King Institute of Preventive Medicine Micro-Biological Section reports 1912-19
Year: 1912
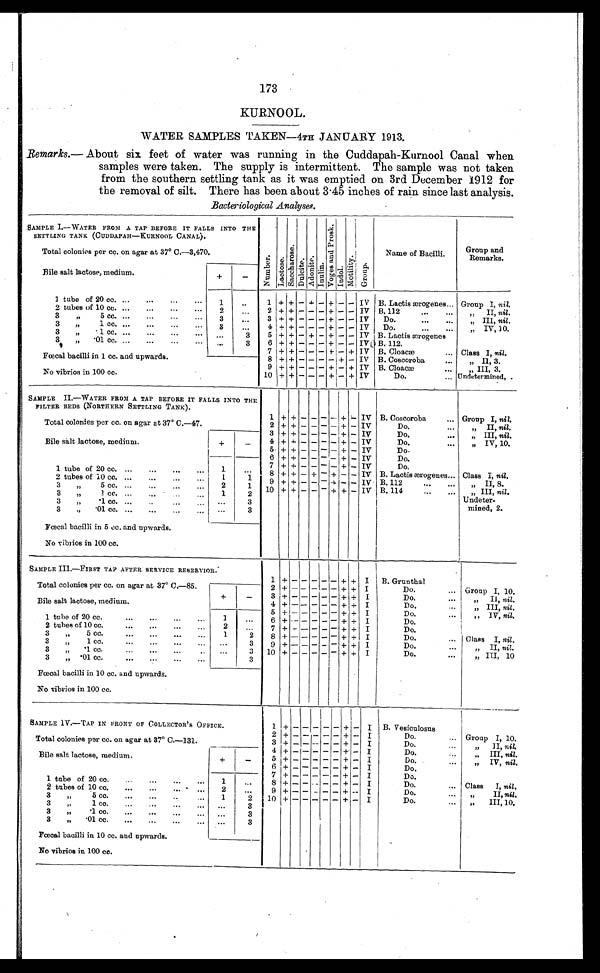
173
KURNOOL.
WATER SAMPLES TAKEN—4TH JANUARY 1913.
Remarks .—About six feet of water was running in the Cuddapah-Kurnool Canal when
samples were taken. The supply is intermittent. The sample was not taken
from the southern settling tank as it was emptied on 3rd December 1912 for
the removal of silt. There has been about 3.45 inches of rain since last analysis.
Bacteriological Analyses.
SAMPLE I.—WATER FROM A TAP BEFORE IT FALLS INTO THE
SETTLING TANK (CUDDAPAH—KURNOOL CANAL).
Number . Lact os e.
Sa c c ha r o s e .
Dul ci t e. Ad o n i t e .
I nul i ne
Vo g e s a n d P r o s k .
Indol.
Mot i l i t y. Gr oup.
Name of Bacilli.
Group and
Remarks.
Total colonies per cc. on agar at 37° C.—3,470.
Bile salt lactose, medium.
+
-
1 tube of 20 cc.
...
...
. . .
. . .
1
. . .
1 + + - + - + - - IV B. Lactis ærogenes... Group I, nil.
2 tubes of 10 cc. ...
...
...
. . .
2
...
2 + + - - - + - - IV B. 112
...
...
„ II, nil.
3 „ 5 cc. ...
...
. . .
. . .
3
...
3 + + - - - + - - IV
Do.
...
. . .
„ III, nil .
3 „ 1 cc. ...
...
. . .
. . .
3
. . . 4
+ + - - - + - - IV
Do.
...
. . .
„ IV, 10.
3 „ .1 cc. ...
...
...
. . .
. . .
3
5 + + - + - + - - IV B. Lactis ærogenes
3 „ .01 cc. ...
...
...
. . .
. . .
3
6
+ + - - -
+ - - IV B. 112.
7 + +
-
- -
+ - + IV B. Cloacæ
. . . Class I, nil.
Fœcal bacilli in 1 cc. and upwards.
8 + + - - - - + - IV B. Coscoroba
. . .
,, II, 3.
9
+ + - - -
+ - + IV B. Cloacæ
. . .
,,
III, 3.
No vibrios in 100 cc.
10 + + - - -
+ - + IV
Do.
. . . Undetermined, .
SAMPLE II.—WATER FROM A TAP BEFORE IT FALLS INTO THE
FILTER BEDS (NORTHERN SETTLING TANK).
1 + + - - - - + - IV B. Coscoroba
... Group I, nil.
Total colonies per cc. on agar at 37° C.—47.
2 + + - - -
- + - IV
Do.
...
„ II, nil.
Bile salt lactose, medium.
+
-
3 + + - - - - + - IV
Do.
...
„ III, nil .
4 +
+ - - -
- + - IV
Do.
...
,, IV, 10.
5
+ + - - -
- +
- IV
Do-
6
+ + - - - -
+ - IV
Do.
1 tube of 20 cc. ...
...
... ...
1
. . .
7 + + - -
- - + - IV
Do.
8 + + - +
- +
- - IV B. Lactis ærogenes... Class I, nil.
2 tubes of 10 cc.
...
...
...
...
1
1
9 + + - - -
+ - - IV B. 112
. . .
...
„ I I , 8 .
3 „ 5 cc.
...
. . .
. . .
. . .
2
1
10 + + - - - + + - IV B. 114
. . .
...
,, III, nil.
3 „ 1 cc.
...
. . .
. . .
. . .
1
2
Undeter
¬mined, 2.
3 „ .1 cc. ...
... ... ...
. . .
3
3 „ .10 cc. ... ... ... ...
. . .
3
Fœcal bacilli in 5 cc. and upwards.
No vibrios in 100 cc.
SAMPLE III.—FIRST TAP AFTER SERVICE RESERVIOR.
1 + -
- -
-
- + + I
B. Grunthal
Total colonies per cc. on agar at 37° C.—85.
2 + -
- - - - + + I
Do.
... Group I, 10.
3 + - - - - - + + I
Do.
...
„ II, nil.
Bile salt lactose, medium.
+
-
4 + -
- -
-
-
+ + I
Do.
...
„ III, nil.
5 + -
- -
- -
+
+
I
Do.
...
,, IV, nil.
1 tube of 20 cc.
...
...
...
...
1
. . .
6 + - - -
- - + + I
Do.
2 tubes of 10 cc.
...
...
...
...
2
. . .
7 + - - - - - + + I
Do.
3 „
5 cc.
... ... ...
1
2
8 + + - - - - + + I
Do.
... Class I, nil.
3 „ 1 cc.
...
...
...
...
. . .
3
9 + - - - -
- + + I
Do.
...
„ II, nil.
3 „ .1 cc....
... .. .. .
. . .
3
10
+
- - -
-
-
+
+ I
Do.
...
„ III, 10
3 „ .01 cc.
...
...
...
. . .
. . .
3
Fœcal bacilli in 10 cc. and upwards.
No vibrios in 100 cc.
SAMPLE IV.—TAP IN FRONT OF COLLECTOR'S OFFICE.
1 + - - - - - + - I
B. Vesiculosus
Total colonies per cc. on agar at 37° C.—131.
3
+
-
-
- - -
+
- I
Do.
. . .
Group I, 10.
.
Bile salt lactose, medium
+
-
4 + - - - - - + - I
Do.
...
„ III,n i l .
n i l .
5 + - - - - - + - I
Do.
. . .
„ IV, nil
6
+ - - - - -
+ - I
Do.
1 tube of 20 cc.
...
...
...
1
. . .
7 + - - - - - + - I
Do.
8 + - -
- - + - I
Do.
... Class I, nil.
2 tubes of 10 cc.
...
. . .
...
2
. . .
9 + - - - - - + -- I
Do.
„ II, nil.
3 „ 5 cc.
...
...
...
1
2
10 + - - - - -
+ - I
Do.
...
„ III, 10.
3 „ 1 cc.
„ .
...
...
. . .
3
3 „ .1 cc.
...
...
...
...
. . .
3
3 „ .01 cc.
...
...
...
. . .
3
Fœcal bacilli in 10 cc. and upwards.
No vibrios in 100 cc.